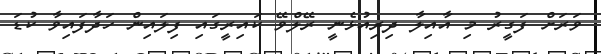
ވަރަށް ފަގީރު މި އާއިލާ ދިރިއުޅެނީ ރޭލްވޭ ކައިރީގައި ފިލައިން ހަދާފައިވާ ކުޑަ